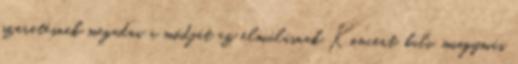
szeretésnek megadni a módját az elmúlásnak Koncert, buli, miegymás